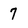
Character: 7